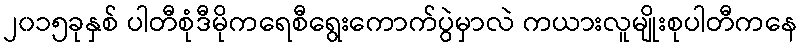
၂၀၁၅ခုနှစ် ပါတီစုံဒီမိုကရေစီရွေးကောက်ပွဲမှာလဲ ကယားလူမျိုးစုပါတီကနေ